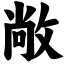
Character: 敞